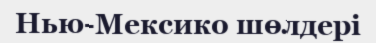
Нью-Мексико шөлдері